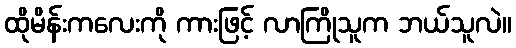
ထိုမိန်းကလေးကို ကားဖြင့် လာကြိုသူက ဘယ်သူလဲ။